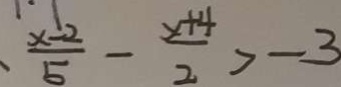
\frac { x - 2 } { 5 } - \frac { x + 4 } { 2 } > - 3